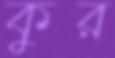
কুর